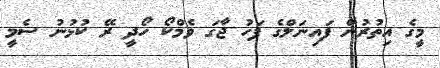
މީގެ އިތުރުން ފައިނަލްގެ ފަހު ޖާގަ ވެމްކޯ ހޯދީ ރޭ ކުޅުނު ސެމީ